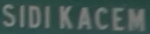
SIDI KACEM